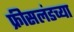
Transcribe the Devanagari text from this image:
फ्रीसलंडच्या